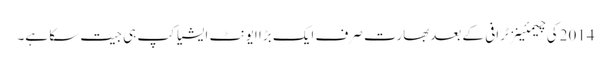
2014کی چیمئینز ٹرافی کے بعدبھارت صرف ایک بڑا ایونٹ ایشیا کپ ہی جیت سکا ہے۔